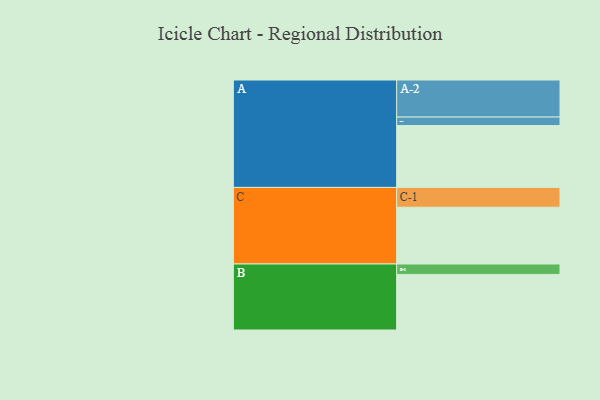
{"axis": {"x": "Segment", "y": "Value"}, "legend": ["", "A", "B", "C"], "data": [{"x": "A", "y": 481, "type": ""}, {"x": "B", "y": 432, "type": ""}, {"x": "C", "y": 441, "type": ""}, {"x": "A-1", "y": 66, "type": "A"}, {"x": "A-2", "y": 288, "type": "A"}, {"x": "B-1", "y": 81, "type": "B"}, {"x": "C-1", "y": 154, "type": "C"}]}